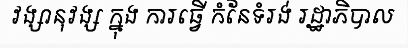
វង្សានុវង្ស ក្នុង ការធ្វើ កំនែទំរង់ រដ្ឋាភិបាល